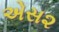
એસ૨